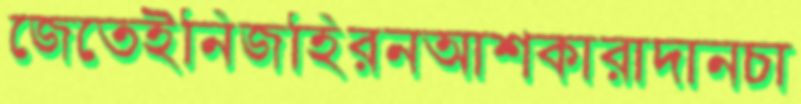
জেতেইনিজহিরনআশকারাদানচা